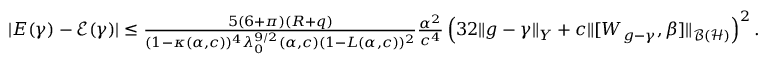
\begin{array} { r } { | E ( \gamma ) - \mathcal { E } ( \gamma ) | \leq \frac { 5 ( 6 + \pi ) ( R + q ) } { ( 1 - \kappa ( \alpha , c ) ) ^ { 4 } \lambda _ { 0 } ^ { 9 / 2 } ( \alpha , c ) ( 1 - L ( \alpha , c ) ) ^ { 2 } } \frac { \alpha ^ { 2 } } { c ^ { 4 } } \left( 3 2 \| g - \gamma \| _ { Y } + c \| [ W _ { g - \gamma } , \beta ] \| _ { \mathcal { B } ( \mathcal { H } ) } \right) ^ { 2 } . } \end{array}